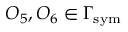
O _ { 5 } , O _ { 6 } \in \Gamma _ { \mathrm { s y m } }